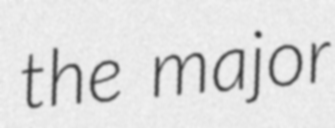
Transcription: the major